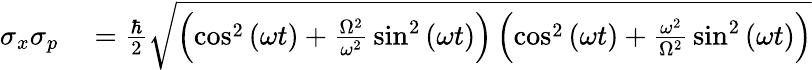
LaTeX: \begin{array}{rl}{\sigma_{x}\sigma_{p}}&{{}={\frac{\hbar}{2}}{\sqrt{\left(\cos^{2}{(\omega t)}+{\frac{\Omega^{2}}{\omega^{2}}}\sin^{2}{(\omega t)}\right)\left(\cos^{2}{(\omega t)}+{\frac{\omega^{2}}{\Omega^{2}}}\sin^{2}{(\omega t)}\right)}}}\end{array}